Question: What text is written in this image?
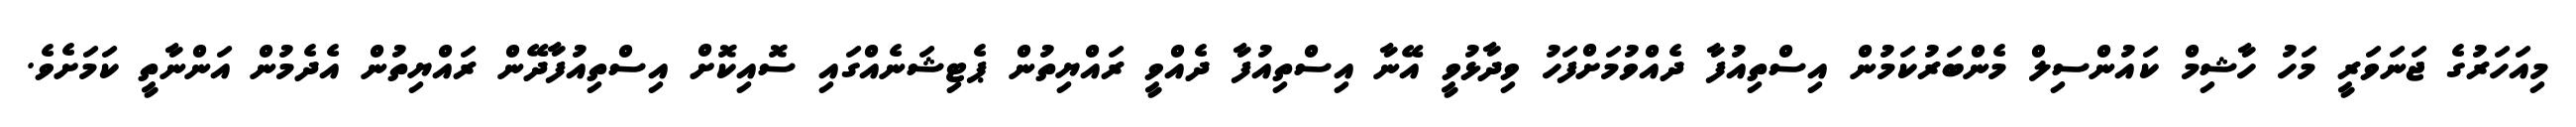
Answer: މިއަހަރުގެ ޖަނަވަރީ މަހު ހާޝިމް ކައުންސިލް މެންބަރުކަމުން އިސްތިއުފާ ދެއްވުމަށްފަހު ވިދާޅުވީ އޭނާ އިސްތިއުފާ ދެއްވީ ރައްޔިތުން ޕެޓިޝަނެއްގައި ސޮއިކޮށް އިސްތިއުފާދޭން ރައްޔިތުން އެދެމުން އަންނާތީ ކަމަށެވެ.